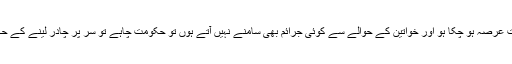
اگر اسلامی معاشرہ قائم کیے بہت عرصہ ہو چکا ہو اور خواتین کے حوالے سے کوئی جرائم بھی سامنے نہیں آتے ہوں تو حکومت چاہے تو سر پر چادر لینے کے حکم میں نرمی بھی کر سکتی ہے۔